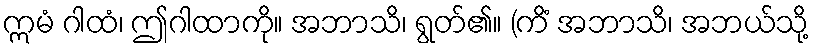
ဣမံ ဂါထံ၊ ဤဂါထာကို။ အဘာသိ၊ ရွတ်၏။ (ကိံ အဘာသိ၊ အဘယ်သို့